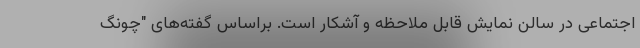
اجتماعی در سالن نمایش قابل ملاحظه و آشکار است. براساس گفته‌های "چونگ